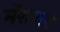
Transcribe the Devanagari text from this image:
मॅशअप